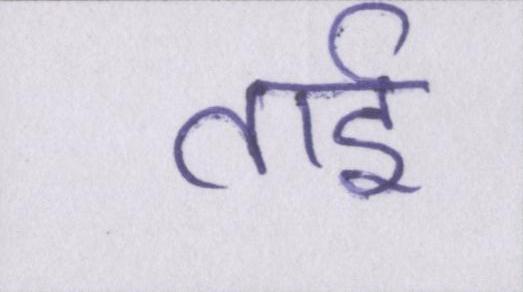
ताई